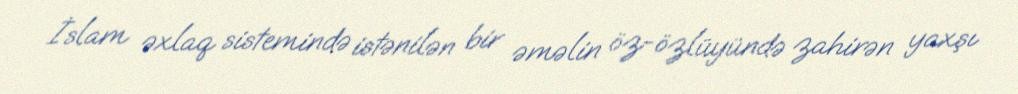
İslam əxlaq sistemində istənilən bir əməlin öz-özlüyündə zahirən yaxşı